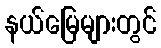
နယ်မြေများတွင်